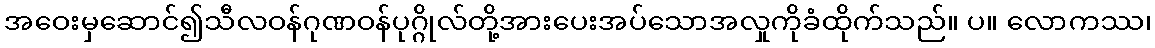
အဝေးမှဆောင်၍သီလဝန်ဂုဏဝန်ပုဂ္ဂိုလ်တို့အားပေးအပ်သောအလှုကိုခံထိုက်သည်။ ပ။ လောကဿ၊